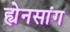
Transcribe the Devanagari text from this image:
ह्येनसांग